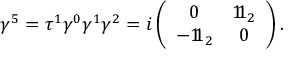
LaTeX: \gamma ^ { 5 } = \tau ^ { 1 } \gamma ^ { 0 } \gamma ^ { 1 } \gamma ^ { 2 } = i \left( \begin{array} { c c } { { 0 } } & { { 1 \! \! 1 _ { 2 } } } \\ { { - 1 \! \! 1 _ { 2 } } } & { { 0 } } \end{array} \right) .